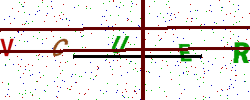
Text: VCUER